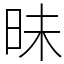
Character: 昧